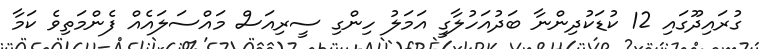
ގުރައިދޫގައި 12 ކުޑަކުދިންނާ ބަދުއަހުލާގީ އަމަލު ހިންގި ސީރިއަސް މައްސަލައެއް ފެންމަތިވެ ކަމާ